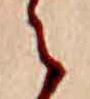
え